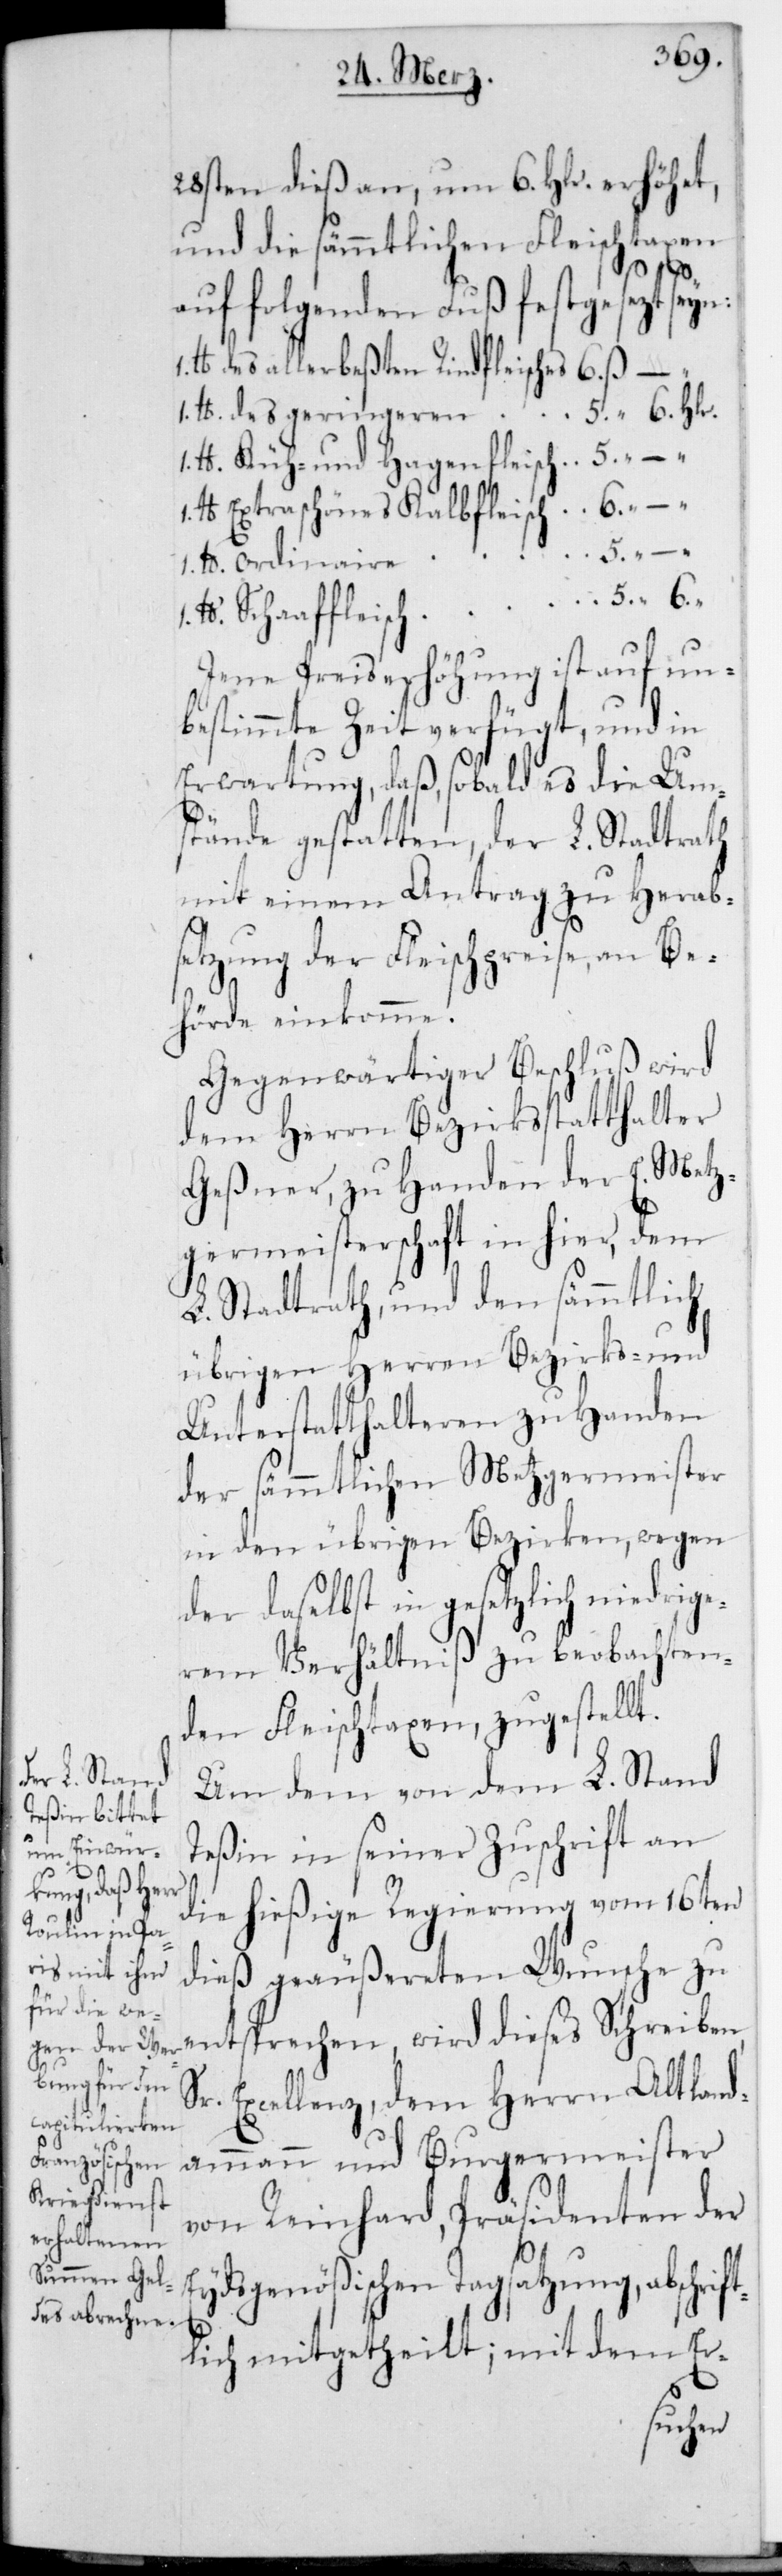
28sten dieß an, um 6. Hlr. erhöhet,
und die sämmtlichen Fleischtaxen
6. Hlr.
auf folgenden Fuß festgesezt seyn:
lb. des allerbesten Rindfleisches 	6. ß
1 lb. des geringeren Rindflei¬
lb. Küh- und Hagenfleisch 	5.
lb. extraschönes Kalbfleisch 	6. “
1. lb. ordninaire
lb. Schaffleisch 	5. “ 6.
Jene Preiserhöhung ist auf un¬
bestimmte Zeit verfügt, und in
Erwartung, daß sobald es die Um¬
stände gestatten, der L. Stadtrath
mit einem Antrag zu Herab¬
setzung der Fleischpreise, an Be¬
hörde einkomme.
Gegenwärtiger Beschluß wird
dem Herrn Bezirksstatthalter
Geßner, zu Handen der E. Metz¬
germeisterschaft in hier, dem
L. Stadtrath und den sämmtlich
übrigen Herren Bezirks- und
Unterstatthalteren zu Handen
der sämmtlichen Metzgermeister
in den übrigen Bezirken, wegen
der daselbst in gesetzlich niedrige¬
rem Verhältniß zu beobachten¬
den Fleischtaxen, zugestellt.
Um dem von dem L. Stand
Teßin in seiner Zuschrift an
1.
die hießige Regierung vom 16ten
dieß geäußereten Wunsche zu
entsprechen, wird dieses Schreiben
Sr. Excellenz dem Herrn Altland¬
ammann und Burgermeister
von Reinhard, Präsidenten der
Eydsgenößischen Tagsatzung, abschrift¬
lich mitgetheilt; mit dem Er-
sches